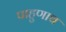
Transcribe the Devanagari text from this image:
पाहुणाच